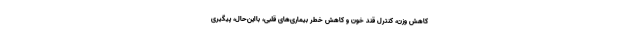
کاهش وزن، کنترل قند خون و کاهش خطر بیماری‌های قلبی، بااین‌حال، پیگیری